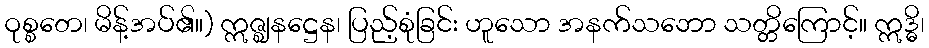
ဝုစ္စတေ၊ မိန့်အပ်၏။) ဣဇ္ဈနဋ္ဌေန၊ ပြည့်စုံခြင်း ဟူသော အနက်သဘော သတ္တိကြောင့်။ ဣဒ္ဓိ၊